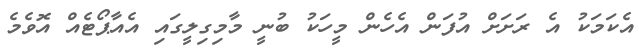
އެކަމަކު އެ ރަށަށް އުފަން އެހެން މީހަކު ބުނީ މާމިގިލީގައި އެއާޕޯޓެއް އޮވެމެ